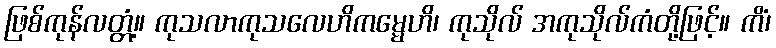
ဖြစ်ကုန်လတ္တံ့။ ကုသလာကုသလေဟိကမ္မေဟိ၊ ကုသိုလ် အကုသိုလ်ကံတို့ဖြင့်။ ကိံ၊